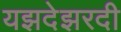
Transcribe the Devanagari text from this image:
यझदेझरदी